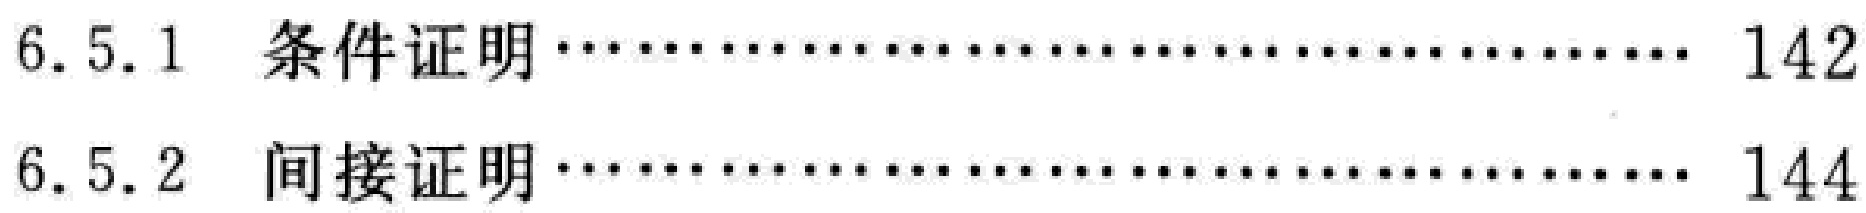
6.5.1 条件证明 \hfill 142

6.5.2 间接证明 \hfill 144